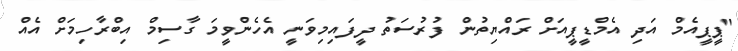
"ޕީޕީއެމް އަދި އެމްޑީޕީއަށް ރައްޔިތުން ފުރުސަތު ދީފައިމިވަނީ އެހެންވީމަ ގާސިމް އިބްރާހިމަށް އެއް